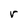
Character: r